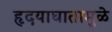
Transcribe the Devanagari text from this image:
हृदयाघातामुळे